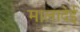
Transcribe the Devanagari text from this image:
मालादेई